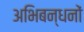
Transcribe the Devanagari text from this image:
अभिबन्धनों